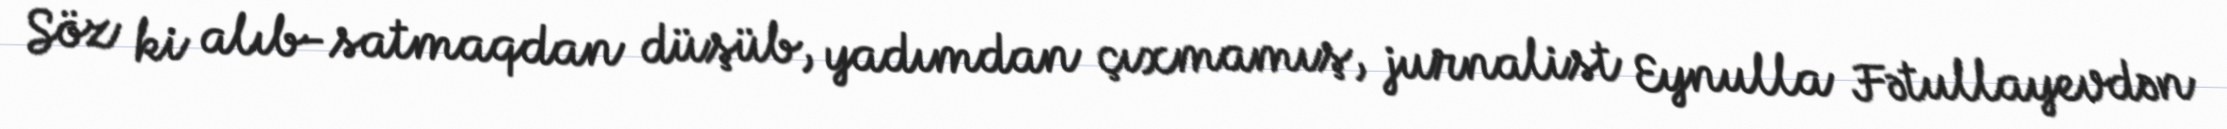
Söz ki alıb-satmaqdan düşüb, yadımdan çıxmamış, jurnalist Eynulla Fətullayevdən